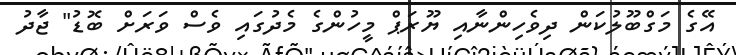
އޭގެ މަގްބޫލުކަން ދިވެހިންނާއި ޔޫރަޕް މީހުންގެ މެދުގައި ވެސް ވަރަށް ބޮޑު" ޖާދު